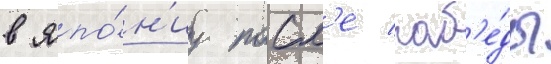
в япо́н'иу посл'е поб'е́ды